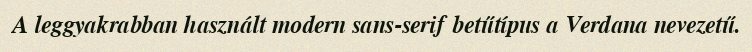
A leggyakrabban használt modern sans-serif betűtípus a Verdana nevezetű.